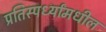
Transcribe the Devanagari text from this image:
प्रतिस्पर्ध्यांमधील